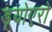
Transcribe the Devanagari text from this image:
ड्योएरो